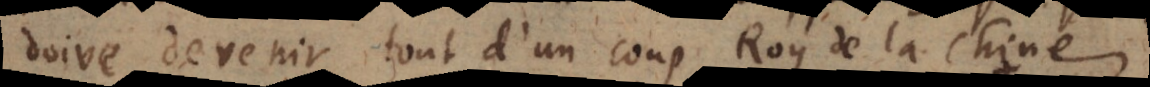
doive devenir tout d’un coup Roy de la Chine,